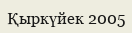
Қыркүйек 2005